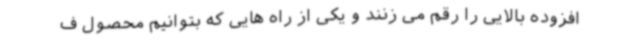
افزوده بالایی را رقم می زنند و یکی از راه هایی که بتوانیم محصول ف